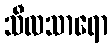
သီလသာရော